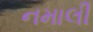
નમાલી